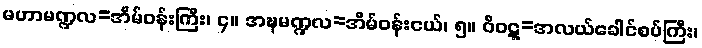
မဟာမဏ္ဍလ=အိမ်ဝန်းကြီး၊ ၄။ အဍ္ဎမဏ္ဍလ=အိမ်ဝန်းငယ်၊ ၅။ ဝိဝဋ္ဋ=အလယ်ခေါင်စပ်ကြီး၊